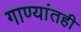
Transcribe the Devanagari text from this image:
गाण्यांतही